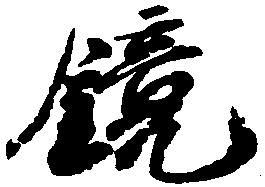
鏡